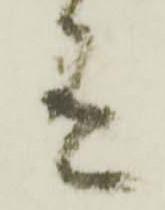
有